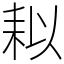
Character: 䎣